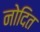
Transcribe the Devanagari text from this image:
नोदित